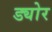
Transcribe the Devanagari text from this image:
ड्योर